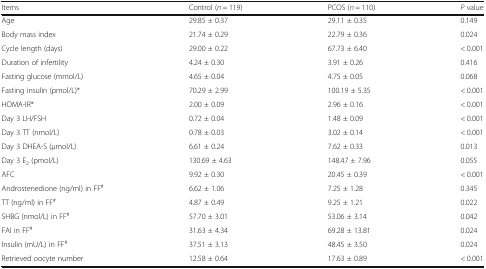
<table><thead><tr><td><b>Items</b></td><td><b>Control (<i>n</i> = 119)</b></td><td><b>PCOS (<i>n</i> = 110)</b></td><td><b><i>P</i> value</b></td></tr></thead><tbody><tr><td>Age</td><td>29.85 ± 0.37</td><td>29.11 ± 0.35</td><td>0.149</td></tr><tr><td>Body mass index</td><td>21.74 ± 0.29</td><td>22.79 ± 0.36</td><td>0.024</td></tr><tr><td>Cycle length (days)</td><td>29.00 ± 0.22</td><td>67.73 ± 6.40</td><td>&lt; 0.001</td></tr><tr><td>Duration of infertility</td><td>4.24 ± 0.30</td><td>3.91 ± 0.26</td><td>0.416</td></tr><tr><td>Fasting glucose (mmol/L)</td><td>4.65 ± 0.04</td><td>4.75 ± 0.05</td><td>0.068</td></tr><tr><td>Fasting insulin (pmol/L)*</td><td>70.29 ± 2.99</td><td>100.19 ± 5.35</td><td>&lt; 0.001</td></tr><tr><td>HOMA-IR*</td><td>2.00 ± 0.09</td><td>2.96 ± 0.16</td><td>&lt; 0.001</td></tr><tr><td>Day 3 LH/FSH</td><td>0.72 ± 0.04</td><td>1.48 ± 0.09</td><td>&lt; 0.001</td></tr><tr><td>Day 3 TT (nmol/L)</td><td>0.78 ± 0.03</td><td>3.02 ± 0.14</td><td>&lt; 0.001</td></tr><tr><td>Day 3 DHEA-S (μmol/L)</td><td>6.61 ± 0.24</td><td>7.62 ± 0.33</td><td>0.013</td></tr><tr><td>Day 3 E<sub>2</sub> (pmol/L)</td><td>130.69 ± 4.63</td><td>148.47 ± 7.96</td><td>0.055</td></tr><tr><td>AFC</td><td>9.92 ± 0.30</td><td>20.45 ± 0.39</td><td>&lt; 0.001</td></tr><tr><td>Androstenedione (ng/ml) in FF<sup>#</sup></td><td>6.62 ± 1.06</td><td>7.25 ± 1.28</td><td>0.345</td></tr><tr><td>TT (ng/ml) in FF<sup>#</sup></td><td>4.87 ± 0.49</td><td>9.25 ± 1.21</td><td>0.022</td></tr><tr><td>SHBG (nmol/L) in FF<sup>#</sup></td><td>57.70 ± 3.01</td><td>53.06 ± 3.14</td><td>0.042</td></tr><tr><td>FAI in FF<sup>#</sup></td><td>31.63 ± 4.34</td><td>69.28 ± 13.81</td><td>0.024</td></tr><tr><td>Insulin (mU/L) in FF<sup>#</sup></td><td>37.51 ± 3.13</td><td>48.45 ± 3.50</td><td>0.024</td></tr><tr><td>Retrieved oocyte number</td><td>12.58 ± 0.64</td><td>17.63 ± 0.89</td><td>&lt; 0.001</td></tr></tbody></table>